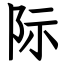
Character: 际